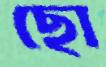
ছো